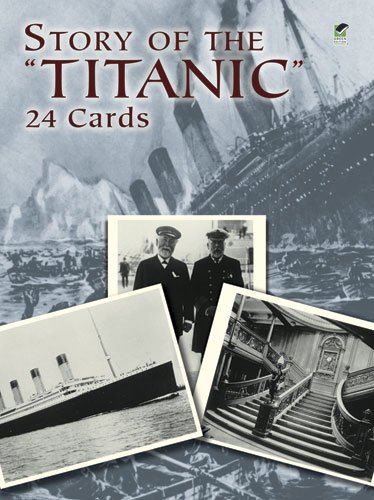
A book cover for Story of the "Titanic": 24 Cards (Dover Postcards); Arts & Photography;